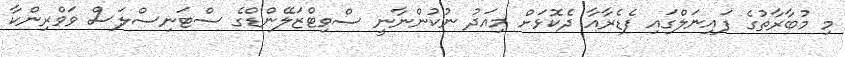
މި މުބާރާތުގެ ފައިނަލްގައި ފެޑެރާއާ ދެކޮޅަށް މިއަދު ނުކުންނާނީ ސްވިޓްޒަލޭންޑްގެ ސްޓަނިސްލަސް ވަވްރިންކާ